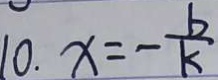
1 0 . x = - \frac { b } { k }